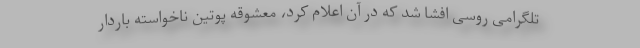
تلگرامی روسی افشا شد که در آن اعلام کرد، معشوقه پوتین ناخواسته باردار